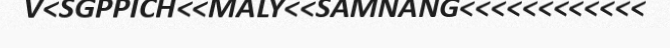
V<SGPPICH<<MALY<<SAMNANG<<<<<<<<<<<<